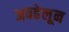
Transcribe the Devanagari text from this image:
अवहेलून